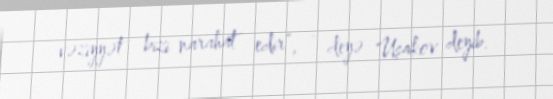
vəziyyət bizi narahat edir”, - deyə Uşakov deyib.